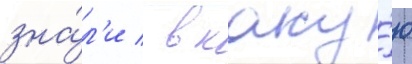
зна́л'и / в каку́ю